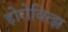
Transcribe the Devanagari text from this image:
होरोवित्झ